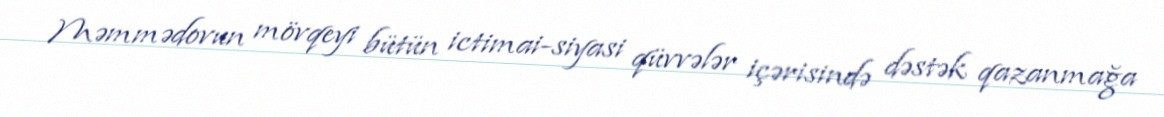
Məmmədovun mövqeyi bütün ictimai-siyasi qüvvələr içərisində dəstək qazanmağa